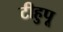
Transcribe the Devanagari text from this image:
टीहुपू